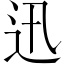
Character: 迅